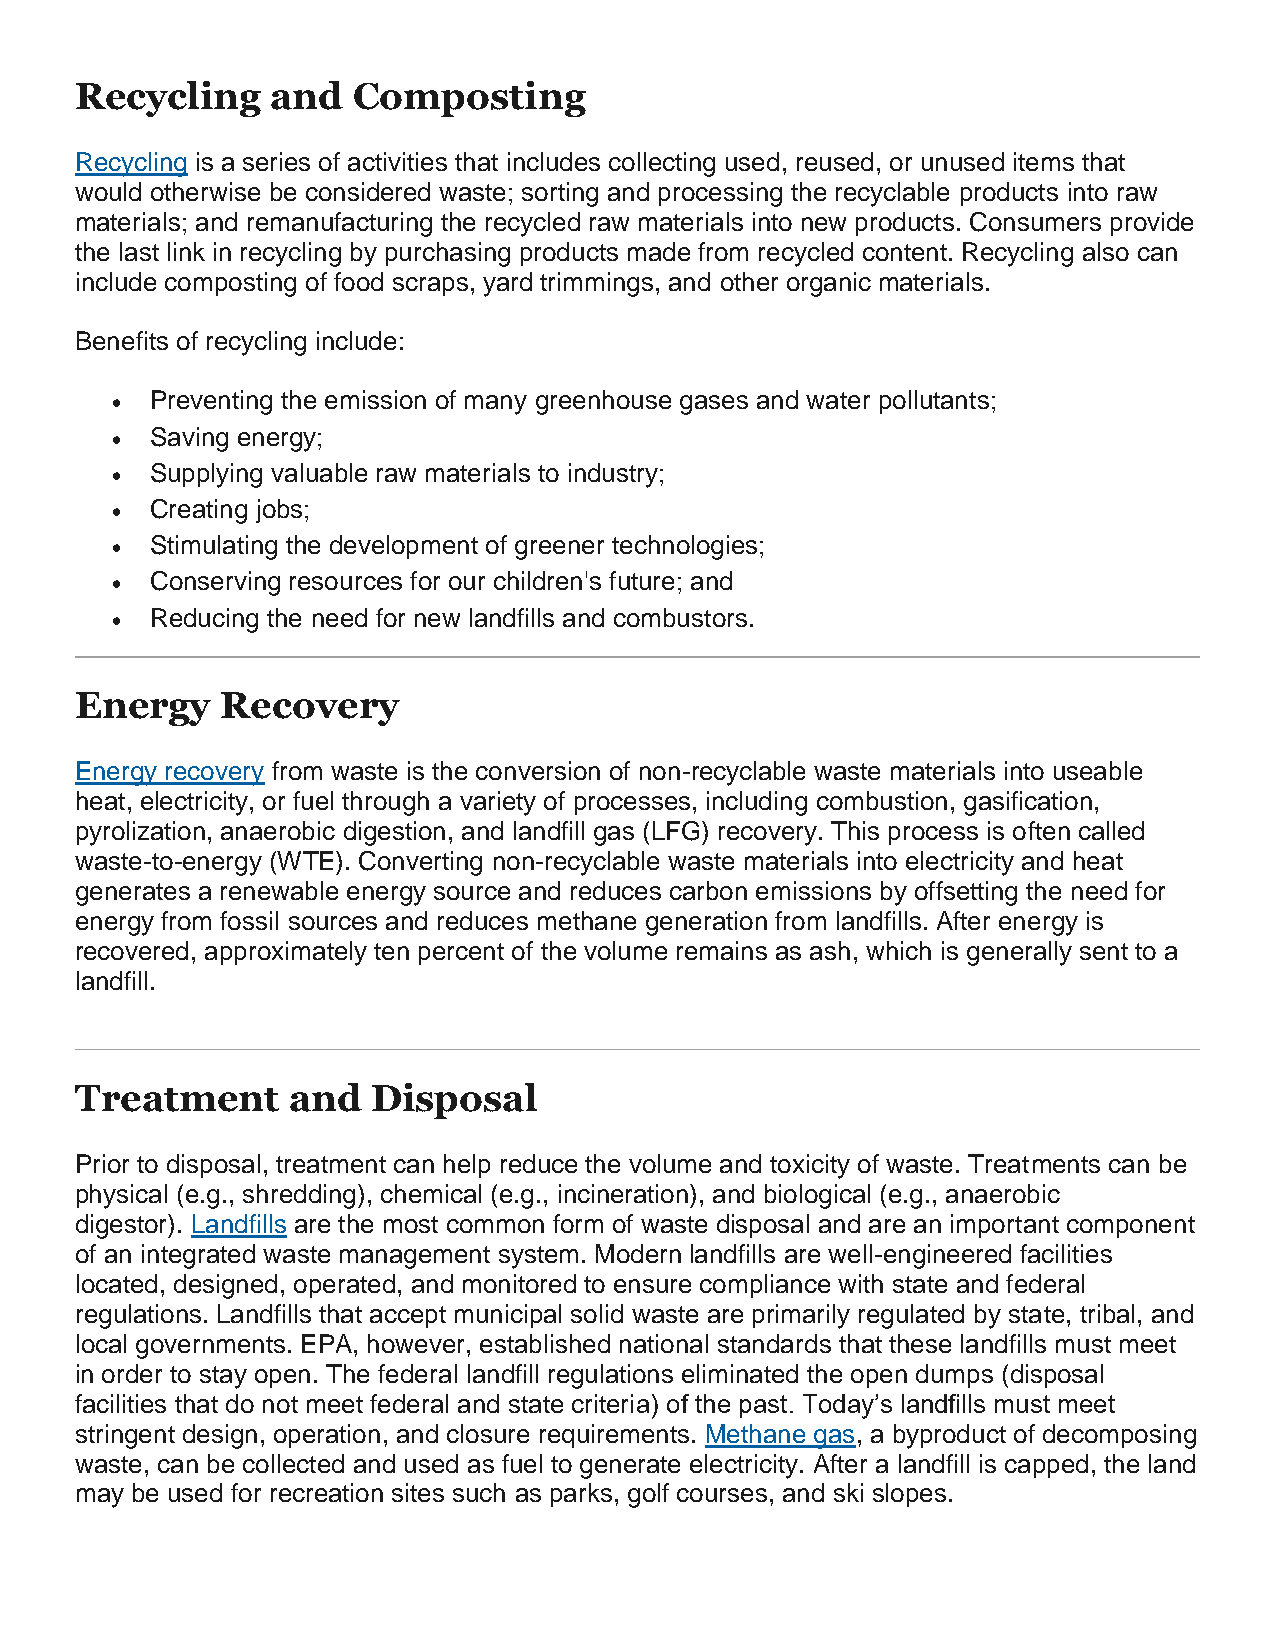
Recycling    and  Composting
 Recycling is a series of activities that includes collecting used, reused, or unused items that
 would otherwise be considered waste; sorting and processing the recyclable products into raw
 materials; and remanufacturing the recycled raw materials into new products. Consumers provide
 the last link in recycling by purchasing products made from recycled content. Recycling also can
 include composting of food scraps, yard trimmings, and other organic materials.
 Benefits of recycling include:
   Preventing the emission of many greenhouse gases and water pollutants;
   Saving energy;
   Supplying valuable raw materials to industry;
   Creating jobs;
   Stimulating the development of greener technologies;
   Conserving resources for our children's future; and
   Reducing the need for new landfills and combustors.
 Energy    Recovery
 Energy recovery from waste is the conversion of non-recyclable waste materials into useable
 heat, electricity, or fuel through a variety of processes, including combustion, gasification,
 pyrolization, anaerobic digestion, and landfill gas (LFG) recovery. This process is often called
 waste-to-energy (WTE). Converting non-recyclable waste materials into electricity and heat
 generates a renewable energy source and reduces carbon emissions by offsetting the need for
 energy from fossil sources and reduces methane generation from landfills. After energy is
 recovered, approximately ten percent of the volume remains as ash, which is generally sent to a
 landfill.
 Treatment     and   Disposal
 Prior to disposal, treatment can help reduce the volume and toxicity of waste. Treatments can be
 physical (e.g., shredding), chemical (e.g., incineration), and biological (e.g., anaerobic
 digestor). Landfills are the most common form of waste disposal and are an important component
 of an integrated waste management system. Modern landfills are well-engineered facilities
 located, designed, operated, and monitored to ensure compliance with state and federal
 regulations. Landfills that accept municipal solid waste are primarily regulated by state, tribal, and
 local governments. EPA, however, established national standards that these landfills must meet
 in order to stay open. The federal landfill regulations eliminated the open dumps (disposal
 facilities that do not meet federal and state criteria) of the past. Today’s landfills must meet
 stringent design, operation, and closure requirements. Methane gas, a byproduct of decomposing
 waste, can be collected and used as fuel to generate electricity. After a landfill is capped, the land
 may be used for recreation sites such as parks, golf courses, and ski slopes.